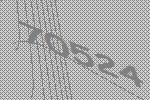
70524